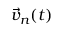
\vec { v } _ { n } ( t )